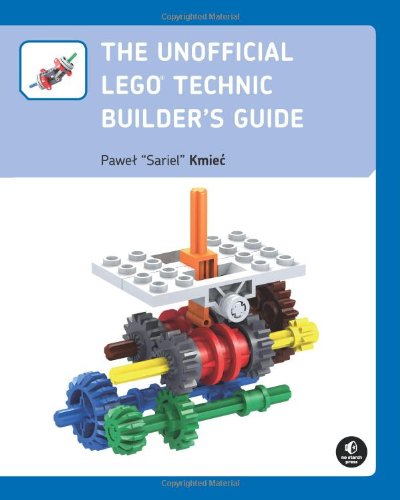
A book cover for The Unofficial LEGO Technic Builder's Guide; Pawel "Sariel" Kmiec; Crafts, Hobbies & Home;